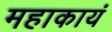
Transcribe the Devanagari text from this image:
महाकायं